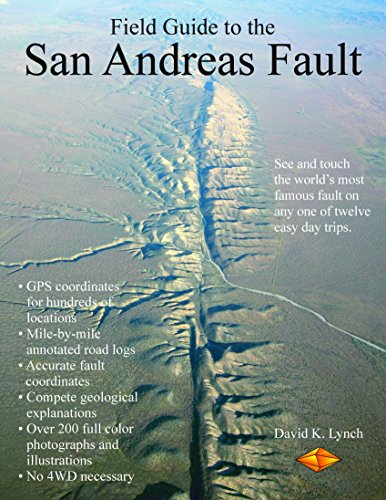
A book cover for The Field Guide to the San Andreas Fault; Lynch; Science & Math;